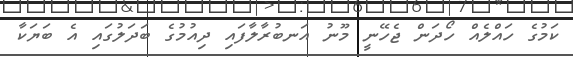
ކަމުގެ ހައްލެއް ހޯދަން ޖެހޭނީ މޫނު އަނބުރާލާފައި ދިއުމުގެ ބަދަލުގައި އެ ބަޔަކާ